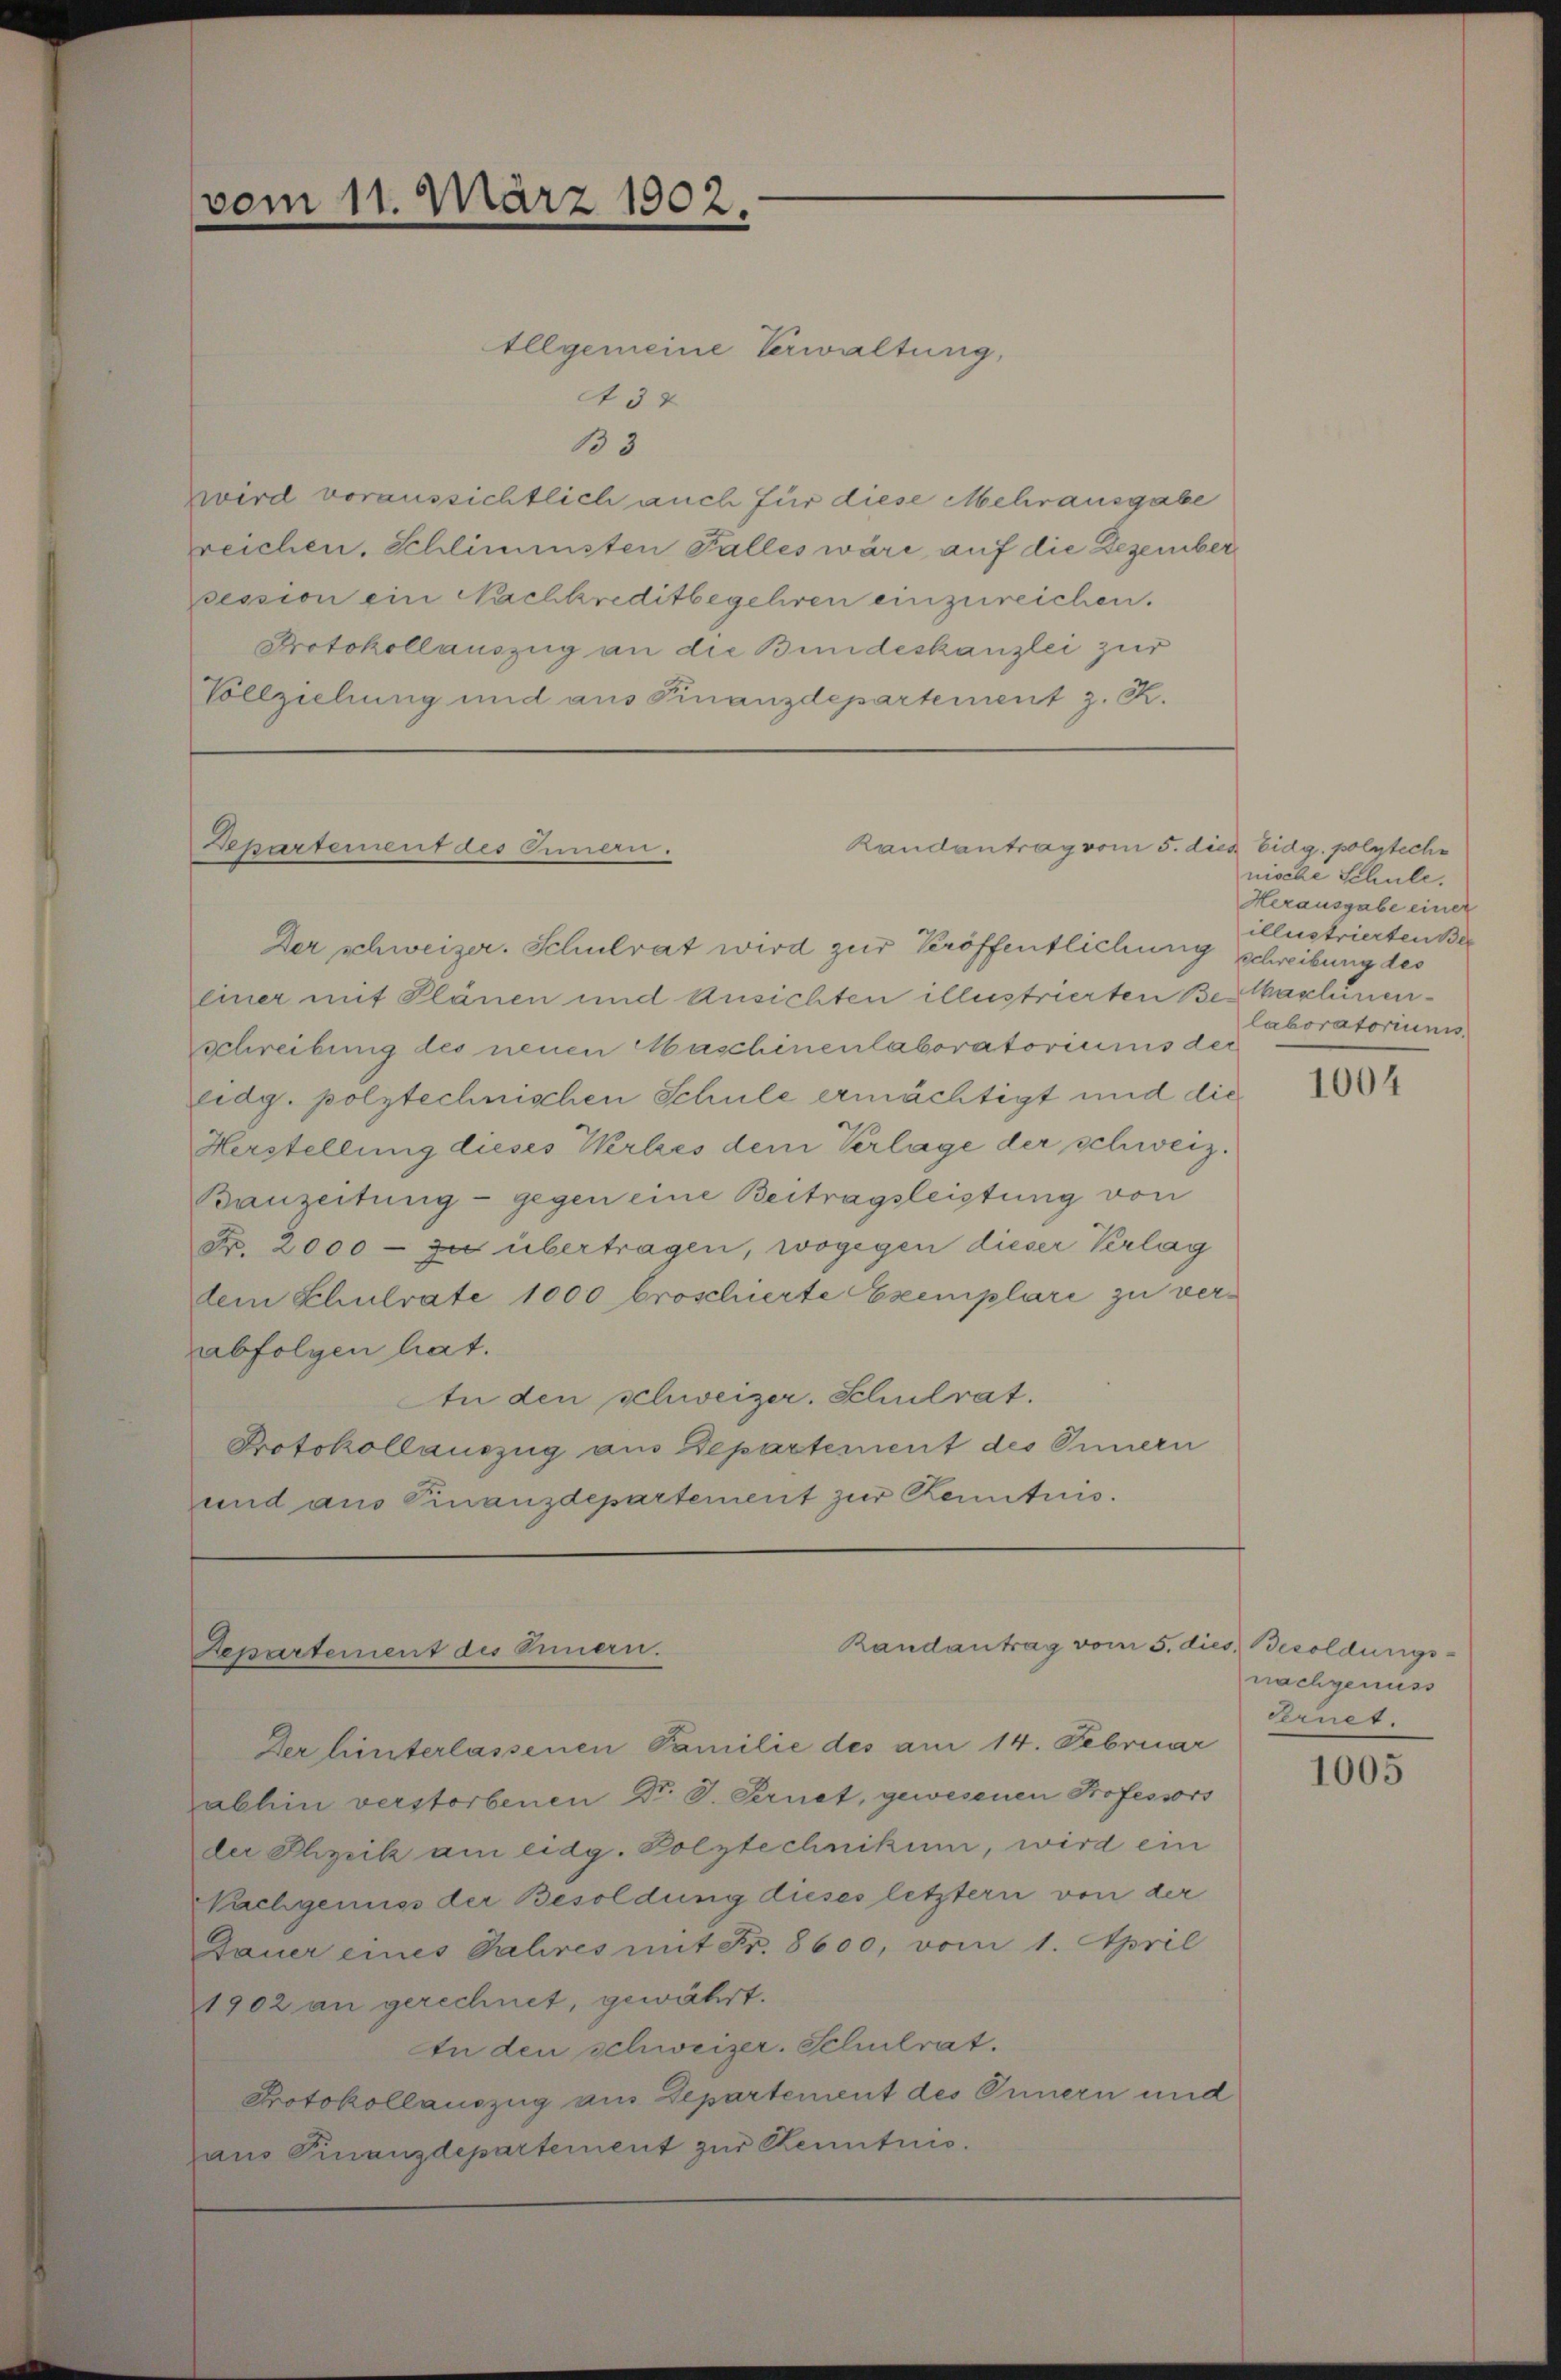
vom 11. März 1902.

Departement des Innen.

Allgemeine Verwaltung,
A 32
133
zwird voraussichtlich auch für diese Mehrausgabe
reichen. Schlimmsten Falles wäre auf die Dezember
ession ein Nachkreditbegehren einzureichen.
Protokollauszug an die Bundeskanzlei zur
Vollziehung und aus Finanzdepartement z. R.

Randantrag vom 5. dies Eidg. polyteche

Der schweizer. Schulrat wird zur Veröffentlichung schreibung des
einer mit Plänen und Ansichten illustrierten Besaschinenschreibung des neuen Maschinenlaboratoriums der
eidg. polytechnischen Schule ermächtigt und die
Herstellung dieses Werkes dem Verlage der schweiz.
Bauzeitung - gegen eine Beitragsleistung von
Nr. 2000 - zu übertragen, wogegen dieser Verlag
dem Schulrate 1000 broschierte Exemplari zu verabfolgen hat.
An den schweizer. Schulrat.
Protokollauszug aus Departement des Innern
und aus Finanzdepartement zur Kenntnis.

Randantrag vom 5. di
Departement des Innern.

Der hinterlassenen Familie des am 14. Februar
abhin verstorbenen Dr. S. Fernet, gewesenen Professors
der Physik am eidg. Polytechnikum, wird ein
Nachgenuss der Besoldung dieses letztern von der
Dauer eines Jahres mit Fr. 8600, vom 1. April
1902 an gerechnet, gewährt.
An den schweizer. Schulrat.
Protokollauszug aus Departement des Innern und
pans Finanzdepartement zur Kenntnis.

nische Schule.
Herausgabe einer
illustrierten Ber
laboratoriums

1004

co. Besoldungs-
nachgenuss
Eernet.

1005